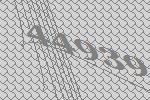
44939